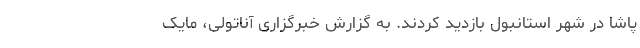
پاشا در شهر استانبول بازدید کردند. به گزارش خبرگزاری آناتولی، مایک